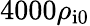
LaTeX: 4000\rho_{\mathrm{i0}}